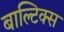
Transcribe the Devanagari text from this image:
बाल्टिक्स